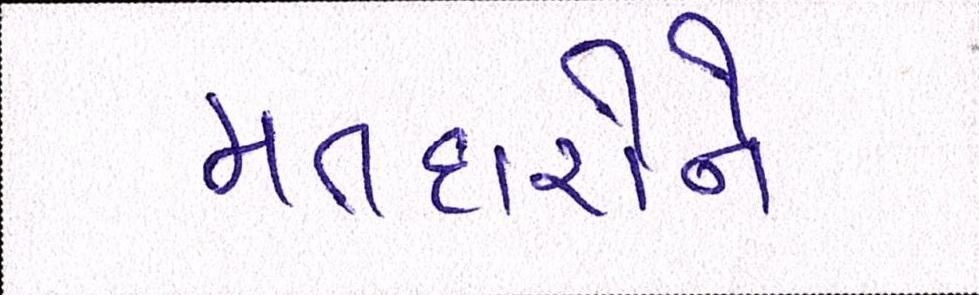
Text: મતદારોને